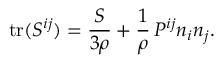
\mathrm { t r } ( { \cal { S } } ^ { i j } ) = \frac { S } { 3 \rho } + \frac 1 \rho \, P ^ { i j } n _ { i } n _ { j } .